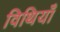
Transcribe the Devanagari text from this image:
विथियाँ